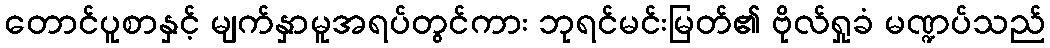
တောင်ပူစာနှင့် မျက်နှာမူအရပ်တွင်ကား ဘုရင်မင်းမြတ်၏ ဗိုလ်ရှုခံ မဏ္ဍပ်သည်